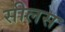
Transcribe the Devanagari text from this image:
सीलस